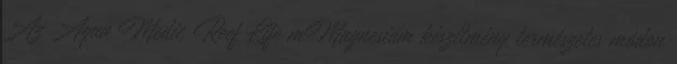
Az Aqua Medic Reef Life mMagnesium készítmény természetes módon